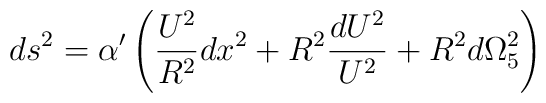
ds^2={\alpha}'\left( {\frac{U^2}{R^2}}dx^2+R^2{\frac{dU^2}{U^2}}+R^2d{\Omega}_{5}^2\right)